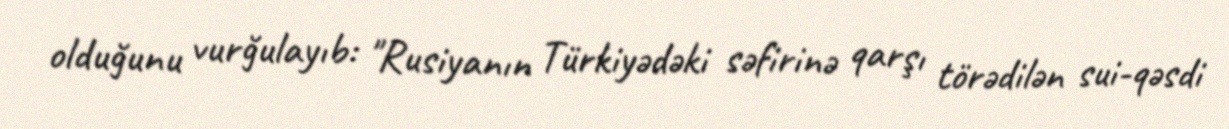
olduğunu vurğulayıb: "Rusiyanın Türkiyədəki səfirinə qarşı törədilən sui-qəsdi